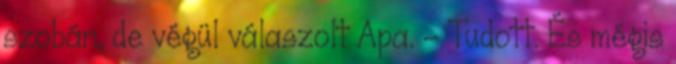
szobán, de végül válaszolt Apa. - Tudott. És mégis